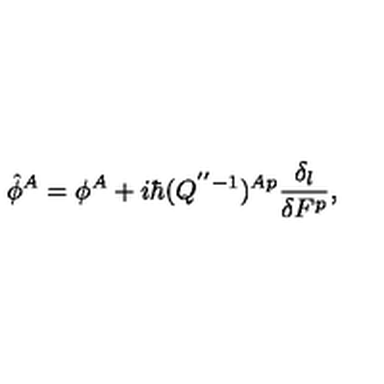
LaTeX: \hat { \phi } ^ { A } = \phi ^ { A } + i \hbar ( Q ^ { ' ^ { \prime } - 1 } ) ^ { A p } \frac { \delta _ { l } } { \delta F ^ { p } } ,